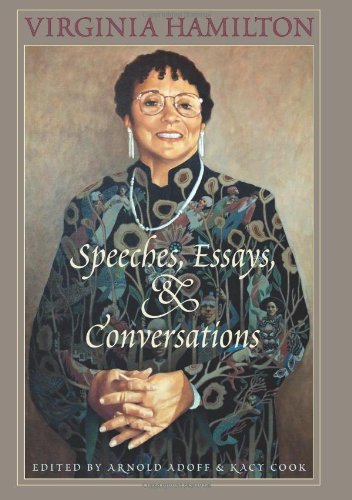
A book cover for Virginia Hamilton: Speeches, Essays, and Conversations; Teen & Young Adult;